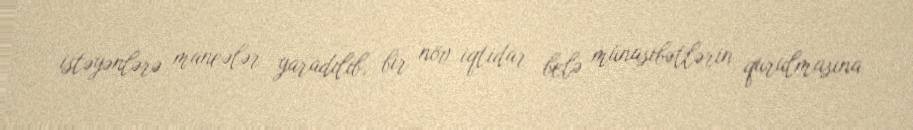
istəyənlərə maneələr yaradılıb, bir növ iqtidar belə münasibətlərin qurulmasına